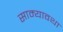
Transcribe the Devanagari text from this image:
साम्यावथा